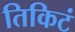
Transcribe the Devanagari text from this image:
तिकिटं